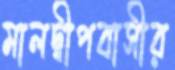
মালদ্বীপবাসীর